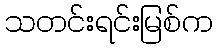
သတင်းရင်းမြစ်က